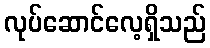
လုပ်ဆောင်လေ့ရှိသည်